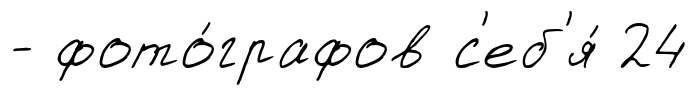
- фото́графов с'еб'я́ 24